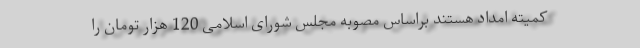
کمیته امداد هستند براساس مصوبه مجلس شورای اسلامی 120 هزار تومان را